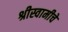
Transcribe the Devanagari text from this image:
श्रीस्वामीचे